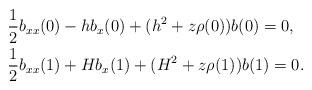
LaTeX: \begin{align*}& \frac12 b_{xx}(0)-hb_x(0)+(h^2+z \rho(0))b(0)= 0, \\& \frac12 b_{xx}(1)+H b_x(1)+(H^2+z\rho(1)) b(1) = 0. \end{align*}